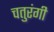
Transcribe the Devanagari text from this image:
चतुरंगी